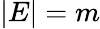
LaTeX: |E|=m